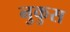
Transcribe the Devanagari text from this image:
नुकुस